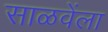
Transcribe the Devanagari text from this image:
साळवेंला